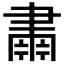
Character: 𮌆